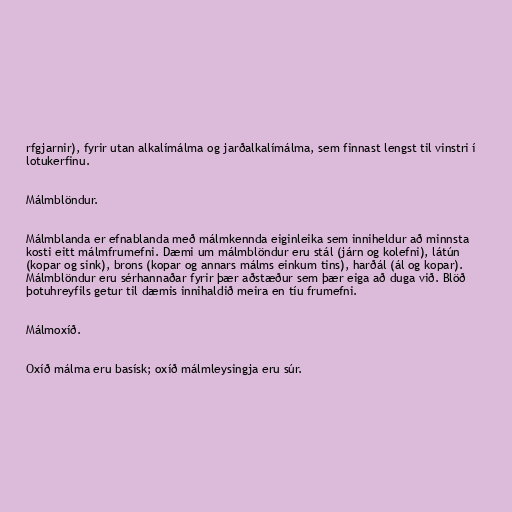
rfgjarnir), fyrir utan alkalímálma og jarðalkalímálma, sem finnast lengst til vinstri í
lotukerfinu.

Málmblöndur.

Málmblanda er efnablanda með málmkennda eiginleika sem inniheldur að minnsta
kosti eitt málmfrumefni. Dæmi um málmblöndur eru stál (járn og kolefni), látún
(kopar og sink), brons (kopar og annars málms einkum tins), harðál (ál og kopar).
Málmblöndur eru sérhannaðar fyrir þær aðstæður sem þær eiga að duga við. Blöð
þotuhreyfils getur til dæmis innihaldið meira en tíu frumefni.

Málmoxíð.

Oxíð málma eru basísk; oxíð málmleysingja eru súr.